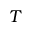
T